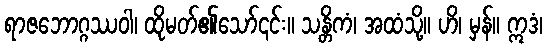
ရာဇဘောဂ္ဂဿဝါ၊ ထိုမတ်၏သော်၎င်း။ သန္တိကံ၊ အထံသို့။ ဟိ၊ မှန်။ ဣဒံ၊